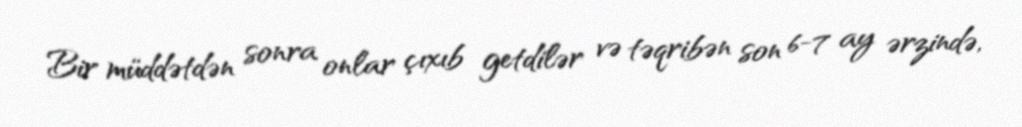
Bir müddətdən sonra onlar çıxıb getdilər və təqribən son 6-7 ay ərzində,